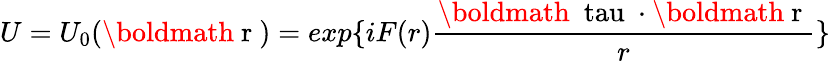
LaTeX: U=U_{0}(\mathrm{\boldmath~r~})=exp\{ {iF(r)\frac{\mathrm{\boldmath~\ tau~}\cdot\mathrm{\boldmath~r~}}{r}}\}